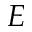
E